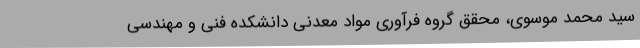
سید محمد موسوی، محقق گروه فرآوری مواد معدنی دانشکده فنی و مهندسی